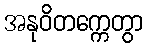
အနုဝိတက္ကေတွာ